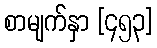
စာမျက်နှာ [၄၅၃]